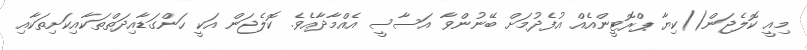
މިއީ ކޮލެޖަން()ކިޔާ ޕްރޮޓީންއެއް އުފެދުމަށް ބޭނުންވާ އަސާސީ އެއްމާދާއެވެ. ކޮލެޖަން އަކީ ހަންގަޑާއިދަތްތަކާއިކަށިތަކާއި